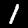
Digit: 1